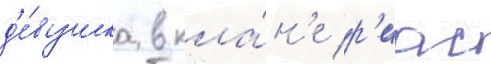
д'е́вушка в кла́н'е р'иас